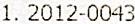
1. 2012-0043